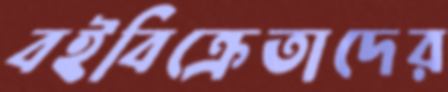
বইবিক্রেতাদের